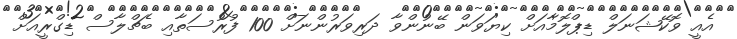
އެއީ ވޮކޭޝަނަލް ޑިޕްލޮމާއަށް ކިޔަވަން ބޭނުންވާ ދަރިވަރުންނަށް 100 ފުރުސަތާއި ބެޗްލާސް ޑިގްރީއަށް